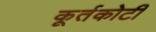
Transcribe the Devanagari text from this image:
कूर्तकोटी